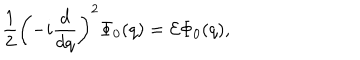
\frac { 1 } { 2 } \left( - i \frac { d } { d q } \right) ^ { 2 } \Phi _ { 0 } ( q ) = { \cal E } \Phi _ { 0 } ( q ) ,